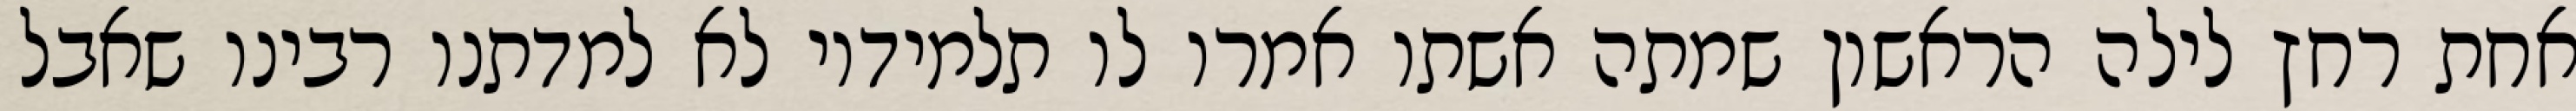
אחת רחץ לילה הראשון שמתה אשתו אמרו לו תלמידיו לא למדתנו רבינו שאבל